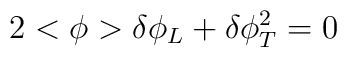
2<\phi>  \delta \phi_L + \delta \phi_T^2 = 0